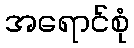
အရောင်စုံ